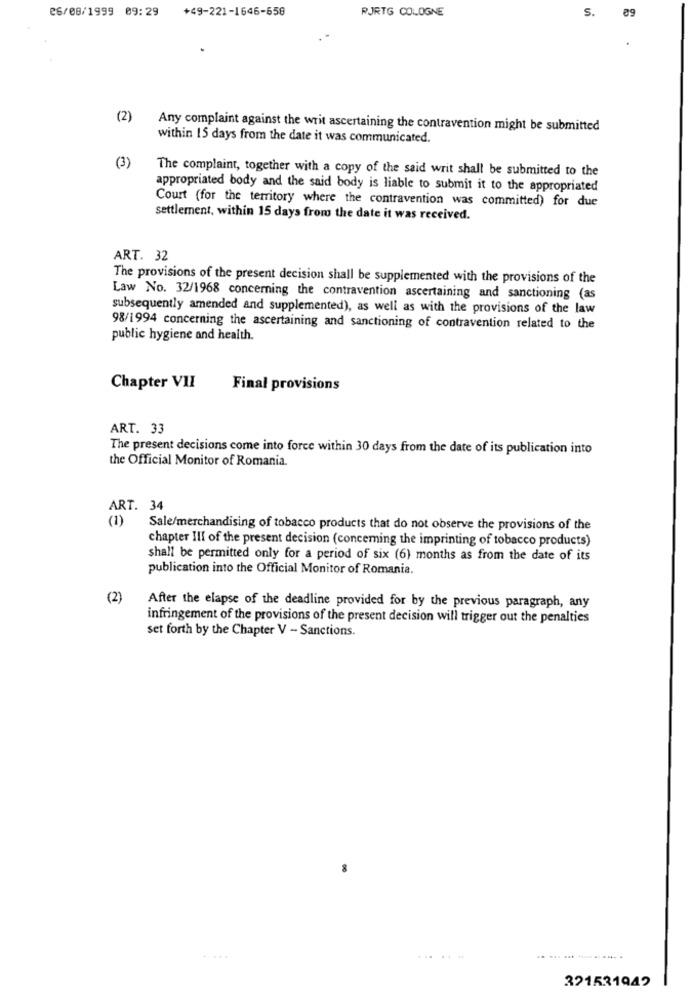
26/08/1999 09:29
+49-221-1646-658
RJRTG COLOGNE
S.
(2)
Any complaint against the writ ascertaining the contravention might be submitted
within 15 days from the date it was communicated.
(3)
The complaint, together with a copy of the said writ shall be submitted to the
appropriated body and the said body is liable to submit it to the appropriated
Court (for the territory where the contravention was committed) for due
settlement, within 15 days from the date it was received.
ART. 32
The provisions of the present decision shall be supplemented with the provisions of the
Law No. 32/1968 concerning the contravention ascertaining and sanctioning (as
subsequently amended and supplemented), as well as with the provisions of the law
98/1994 concerning the ascertaining and sanctioning of contravention related to the
public hygiene and health.
Chapter VII
Final provisions
ART. 33
The present decisions come into force within 30 days from the date of its publication into
the Official Monitor of Romania.
ART. 34
(1)
Sale/merchandising of tobacco products that do not observe the provisions of the
chapter Ill of the present decision (concerning the imprinting of tobacco products)
shall be permitted only for a period of six (6) months as from the date of its
publication into the Official Monitor of Romania.
(2)
After the elapse of the deadline provided for by the previous paragraph, any
infringement of the provisions of the present decision will trigger out the penalties
set forth by the Chapter V - Sanctions.
......
321531942